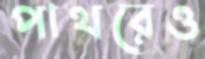
পাথরেও